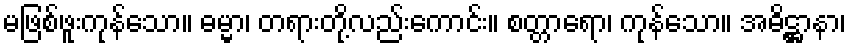
မဖြစ်ဖူးကုန်သော။ ဓမ္မာ၊ တရားတို့လည်းကောင်း။ စတ္တာရော၊ ကုန်သော။ အဓိဋ္ဌာနာ၊